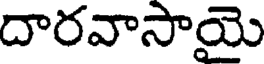
దారవాసాయై